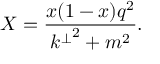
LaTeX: X = \frac { x ( 1 - x ) q ^ { 2 } } { { k ^ { \perp } } ^ { 2 } + m ^ { 2 } } .